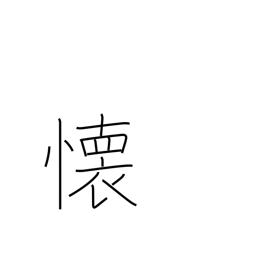
Meaning: miss someone